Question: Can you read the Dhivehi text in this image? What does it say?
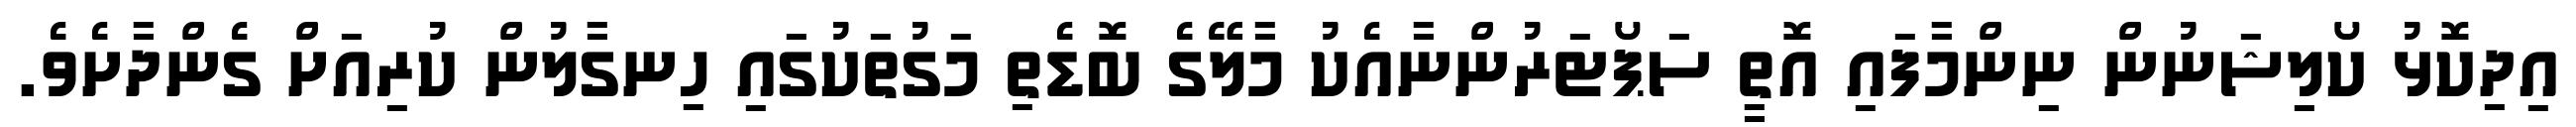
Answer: އިދިކޮޅު ކޯލިޝަނުން ނިންމާފައި އޮތީ ސަޕޯޓަރުންނާއެކު މާލޭގެ ބޮޑެތި މަގުތަކުގައި ހިނގާލުން ކުރިއަށް ގެންދާށެވެ.